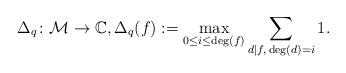
LaTeX: \begin{align*}\Delta_q\colon \mathcal{M} \to \mathbb{C}, \Delta_q(f) := \max_{0 \le i \le \deg(f)} \sum_{d \mid f, \, \deg(d)=i} 1.\end{align*}